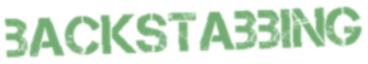
BACKSTABBING